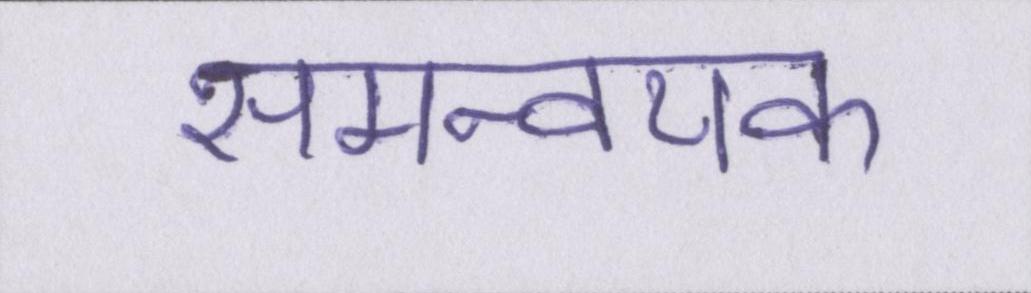
समन्वयक